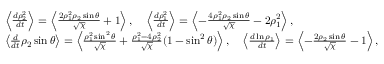
\begin{array} { r l r } & { \left\langle \frac { d \rho _ { 2 } ^ { 2 } } { d t } \right\rangle = \left\langle \frac { 2 \rho _ { 1 } ^ { 2 } \rho _ { 2 } \sin \theta } { \sqrt { \chi } } + 1 \right\rangle , \quad \left\langle \frac { d \rho _ { 1 } ^ { 2 } } { d t } \right\rangle = \left\langle - \frac { 4 \rho _ { 1 } ^ { 2 } \rho _ { 2 } \sin \theta } { \sqrt { \chi } } - 2 \rho _ { 1 } ^ { 2 } \right\rangle , } & \\ & { \left\langle \frac { d } { d t } \rho _ { 2 } \sin \theta \right\rangle = \left\langle \frac { \rho _ { 1 } ^ { 2 } \sin ^ { 2 } \theta } { \sqrt { \chi } } + \frac { \rho _ { 1 } ^ { 2 } - 4 \rho _ { 2 } ^ { 2 } } { \sqrt { \chi } } ( 1 - \sin ^ { 2 } \theta ) \right\rangle , \quad \left\langle \frac { d \ln \rho _ { 1 } } { d t } \right\rangle = \left\langle - \frac { 2 \rho _ { 2 } \sin \theta } { \sqrt { \chi } } - 1 \right\rangle , } & \end{array}